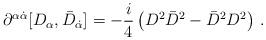
LaTeX: \begin{align*}\partial^{\alpha\dot\alpha}[D_\alpha ,\bar D_{\dot \alpha}]=-\frac{i}{4}\left(D^2\bar D^2 -\bar D^2 D^2 \right)\, .\end{align*}